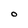
Character: O